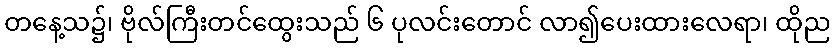
တနေ့သ၌၊ ဗိုလ်ကြီးတင်ထွေးသည် ၆ ပုလင်းတောင် လာ၍ပေးထားလေရာ၊ ထိုည